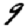
Digit: 9